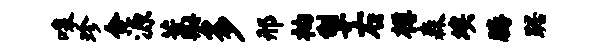
嗥珍合源藁多邢衲掣右樽森埃腾踞